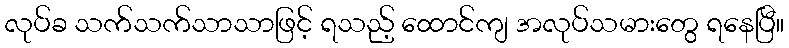
လုပ်ခ သက်သက်သာသာဖြင့် ရသည့် ထောင်ကျ အလုပ်သမားတွေ ရနေပြီ။